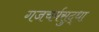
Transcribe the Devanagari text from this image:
गजचर्मसुद्धा